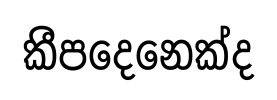
කීපදෙනෙක්ද